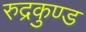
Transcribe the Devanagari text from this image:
रुद्रकुण्ड